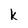
Character: k